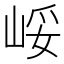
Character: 㟎